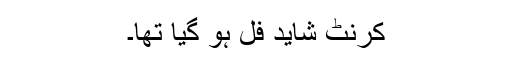
کرنٹ شاید فل ہو گیا تھا۔